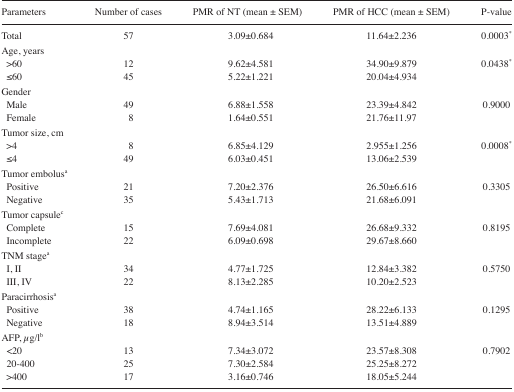
| Parameters | Number of cases | PMR of NT (mean ± SEM) | PMR of HCC (mean ± SEM) | P-value |
 | --- | --- | --- | --- | --- |
 | Total | 57 | 3.09±0.684 | 11.64±2.236 | 0.0003* |
 | <COLSPAN=5> Age, years |
 | >60 | 12 | 9.62±4.581 | 34.90±9.879 | 0.0438* |
 | ≤60 | 45 | 5.22±1.221 | 20.04±4.934 |  |
 | <COLSPAN=5> Gender |
 | Male | 49 | 6.88±1.558 | 23.39±4.842 | 0.9000 |
 | Female | 8 | 1.64±0.551 | 21.76±11.97 |  |
 | <COLSPAN=5> Tumor size, cm |
 | >4 | 8 | 6.85±4.129 | 2.955±1.256 | 0.0008* |
 | ≤4 | 49 | 6.03±0.451 | 13.06±2.539 |  |
 | <COLSPAN=5> Tumor embolusa |
 | Positive | 21 | 7.20±2.376 | 26.50±6.616 | 0.3305 |
 | Negative | 35 | 5.43±1.713 | 21.68±6.091 |  |
 | <COLSPAN=5> Tumor capsulec |
 | Complete | 15 | 7.69±4.081 | 26.68±9.332 | 0.8195 |
 | Incomplete | 22 | 6.09±0.698 | 29.67±8.660 |  |
 | <COLSPAN=5> TNM stagea |
 | I, II | 34 | 4.77±1.725 | 12.84±3.382 | 0.5750 |
 | III, IV | 22 | 8.13±2.285 | 10.20±2.523 |  |
 | <COLSPAN=5> Paracirrhosisa |
 | Positive | 38 | 4.74±1.165 | 28.22±6.133 | 0.1295 |
 | Negative | 18 | 8.94±3.514 | 13.51±4.889 |  |
 | <COLSPAN=5> AFP, μg/lb |
 | <20 | 13 | 7.34±3.072 | 23.57±8.308 | 0.7902 |
 | 20–400 | 25 | 7.30±2.584 | 25.25±8.272 |  |
 | >400 | 17 | 3.16±0.746 | 18.05±5.244 |  |